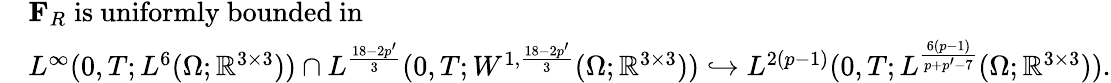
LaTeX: \begin{array}{rl}&{\mathbf{F}_{R}\; \mathrm{is~uniformly~bounded~in}\; }\\ &{L^{\infty}(0,T;L^{6}(\Omega;\mathbb{R}^{3\times 3}))\cap L^{\frac{18-2p^{\prime}}{3}}(0,T;W^{1,\frac{18-2p^{\prime}}{3}}(\Omega;\mathbb{R}^{3\times 3}))\hookrightarrow L^{2(p-1)}(0,T;L^{\frac{6(p-1)}{p+p^{\prime}-7}}(\Omega;\mathbb{R}^{3\times 3})).}\end{array}